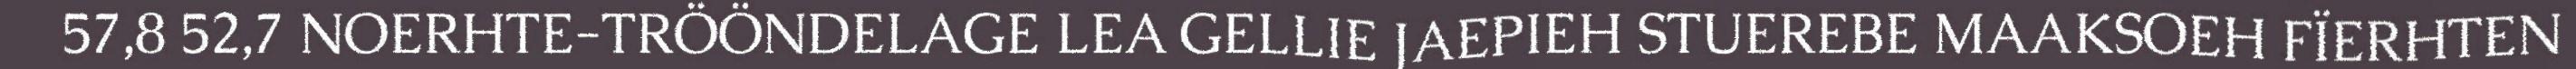
57,8 52,7 NOERHTE-TRÖÖNDELAGE LEA GELLIE JAEPIEH STUEREBE MAAKSOEH FÏERHTEN